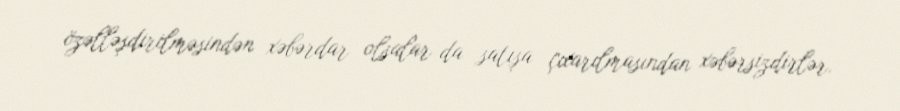
özəlləşdirilməsindən xəbərdar olsalar da satışa çıxarılmasından xəbərsizdirlər.